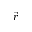
\vec { r }